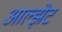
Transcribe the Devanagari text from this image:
आल्झेट